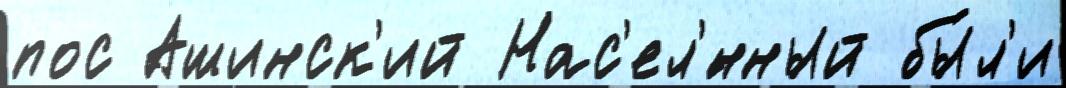
пос Ашинск'ий Нас'ел'́нный бы́л'и